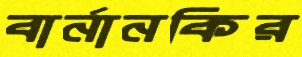
বার্নানকির